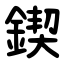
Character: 鍥